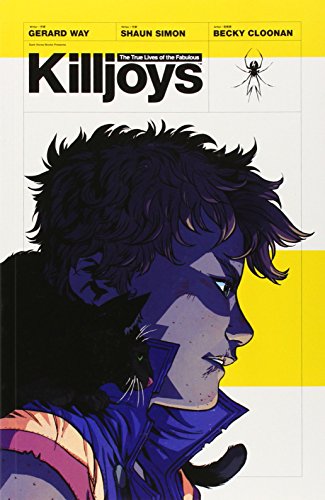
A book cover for The True Lives of the Fabulous Killjoys; Gerard Way; Comics & Graphic Novels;